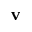
\mathbf { v }